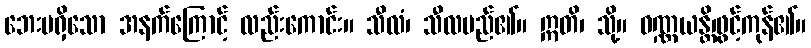
ဘေးမရှိသော အနက်ကြောင့် လည်းကောင်း။ သီလံ၊ သီလမည်၏။ ဣတိ၊ သို့။ ဝဏ္ဏယန္တိ၊ဖွင့်ကုန်၏။